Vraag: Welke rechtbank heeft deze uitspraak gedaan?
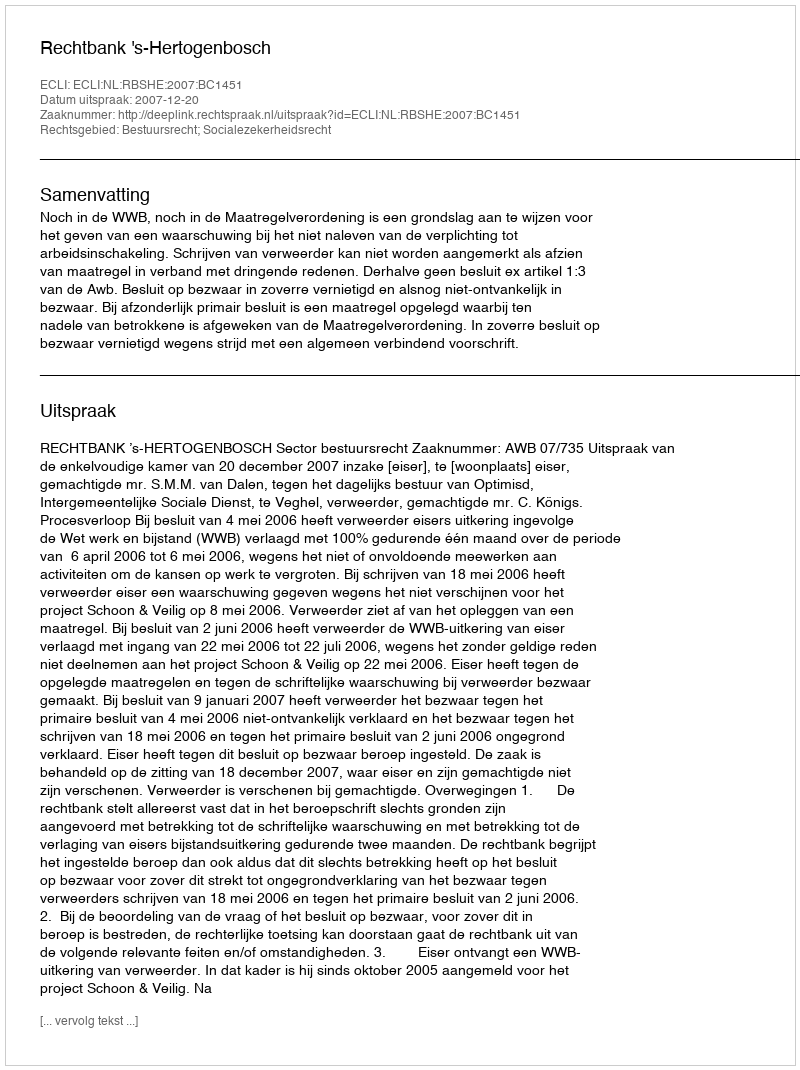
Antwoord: Rechtbank 's-Hertogenbosch